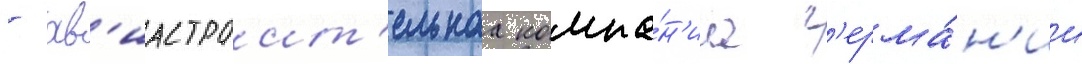
- ав'иастроит'ельнаа компа́н'иа г'ерма́н'ии